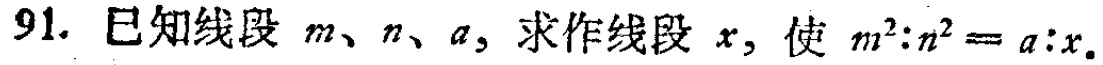
91. 已知线段 \(m\)、\(n\)、\(a\)，求作线段 \(x\)，使 \(m^{2}:n^{2}=a:x\)。